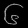
Digit: ၆